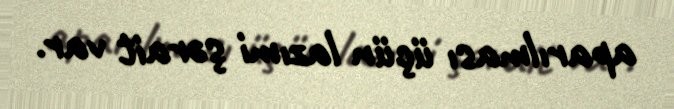
aparılması üçün lazımi şərait var.